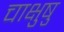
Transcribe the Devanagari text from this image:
चाक्षुषु